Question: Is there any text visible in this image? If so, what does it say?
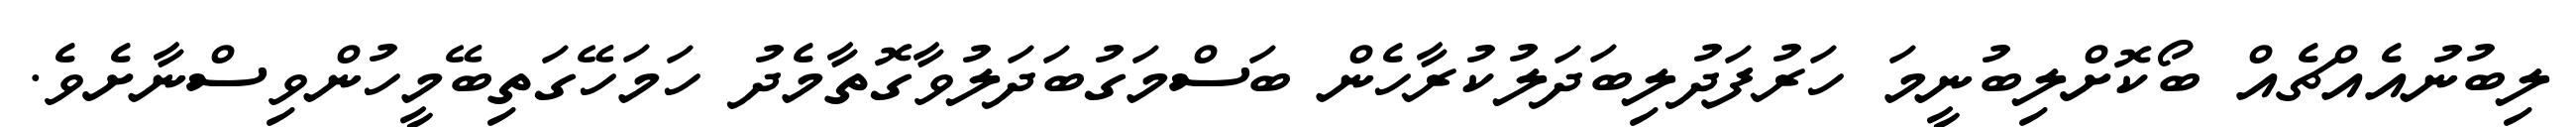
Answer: ލިބުނުއެއްޗެއް ބޯކޮށްލިބުނީމަ ހަރުފަދުލިބަދަލުކުރާހެން ބަސްމަގުބަދަލުވާގޮތާމެދު ހަމަހޭގަތިބޭމީހުންވިސްނާށެވެ.